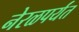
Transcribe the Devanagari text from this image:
नेरळपर्यंत